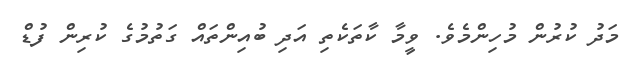
މަދު ކުރުން މުހިންމެވެ. ވީމާ ކާތަކެތި އަދި ބުއިންތައް ގަތުމުގެ ކުރިން ފުޑް